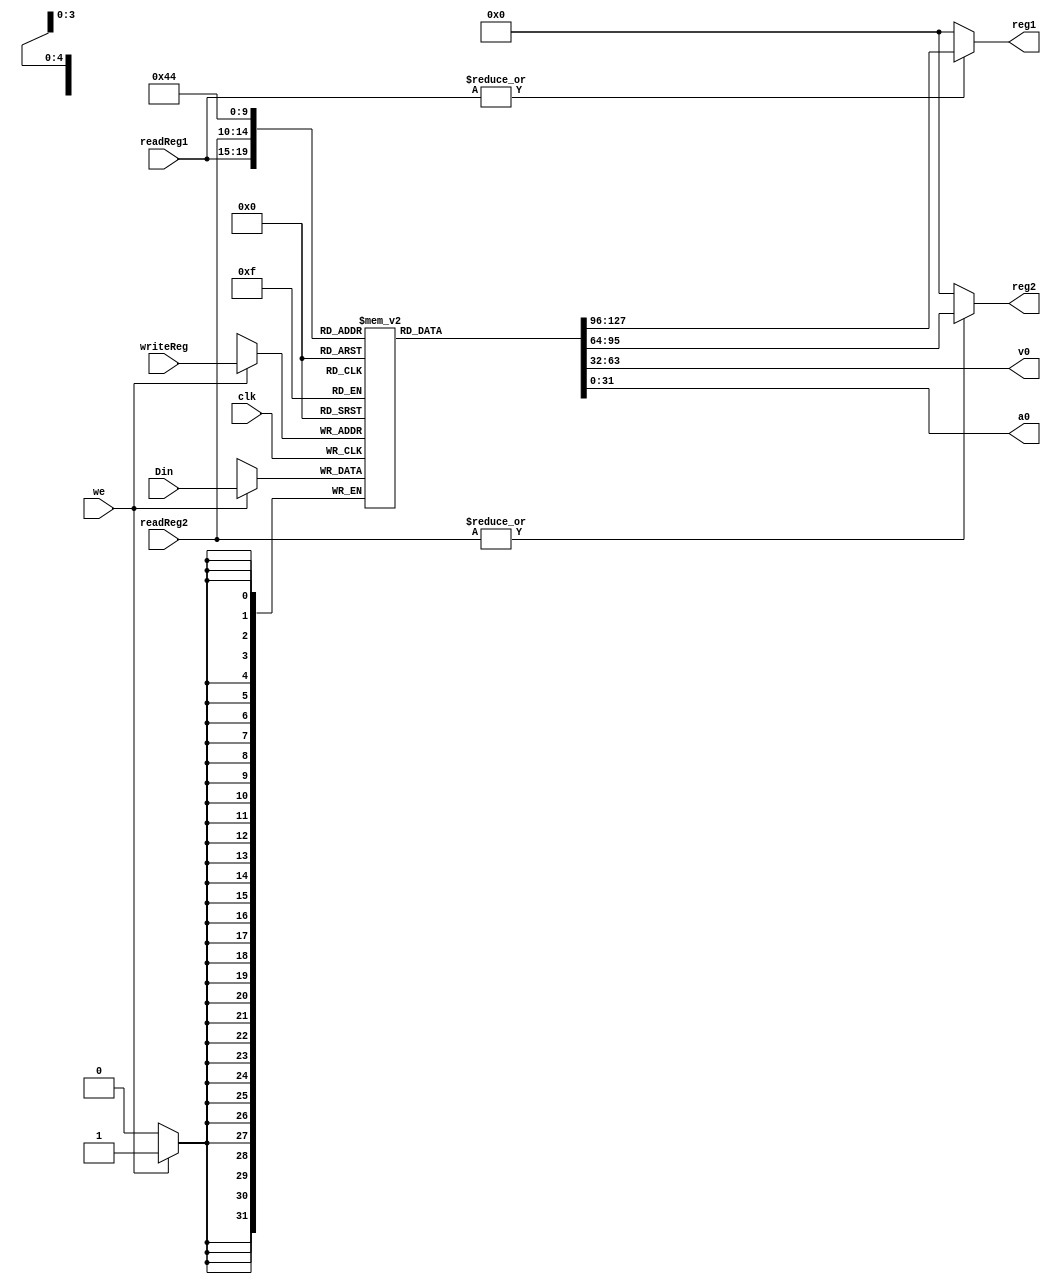
`timescale 1ns / 1ps
//////////////////////////////////////////////////////////////////////////////////
// Company: 
// Engineer: 
// 
// Design Name: 
// Module Name: regfile
// Project Name: 
// Target Devices: 
// Tool Versions: 
// Description: 
// 
// Dependencies: 
// 
// Revision:
// Revision 0.01 - File Created
// Additional Comments:
// 
//////////////////////////////////////////////////////////////////////////////////


module regfile(
    input [4:0] readReg1,
    input [4:0] readReg2,
    input [4:0] writeReg,
    input [31:0] Din,
    input we,
    input clk,
    output [31:0] reg1,
    output [31:0] reg2,
    output [31:0] v0,
    output [31:0] a0
    );
    reg [31:0] registers [0:31];
    initial registers[29] = 0;
    always @(negedge clk)
        if (we)
            registers[writeReg] = Din;
            
    assign reg1 = |readReg1 ? registers[readReg1] : 0;
    assign reg2 = |readReg2 ? registers[readReg2] : 0;
    assign v0 = registers[2];
    assign a0 = registers[4];
endmodule